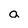
Character: a